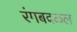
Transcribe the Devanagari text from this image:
रंगबदळल